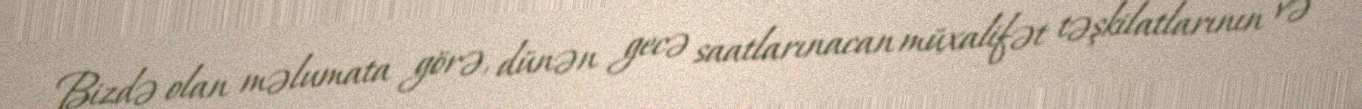
Bizdə olan məlumata görə, dünən gecə saatlarınacan müxalifət təşkilatlarının və